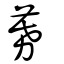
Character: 募